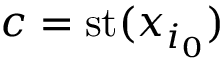
c = \mathrm { { s t } } ( x _ { i _ { 0 } } )